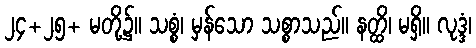
၂၄+၂၅+ မတို့၌။ သစ္စံ၊ မှန်သော သစ္စာသည်။ နတ္ထိ၊ မရှိ။ လုဒ္ဒံ၊